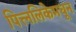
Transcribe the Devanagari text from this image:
पित्त्नलिकेमधून